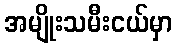
အမျိုးသမီးငယ်မှာ